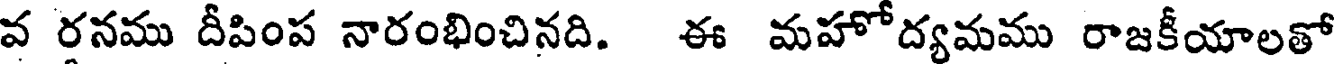
వ రనము దీపింప నారంభించినది. ఈ మహోద్యమము రాజకీయాలతో